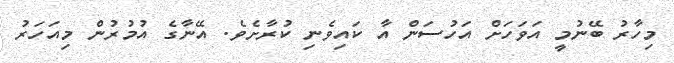
މިހާރު ބޭނުމީ އަވަހަށް އަހުސަން އާ ކައިވެނި ކުރާށެވެ. އޭނާގެ އުމުރުން މިއަހަރު